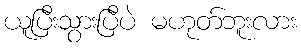
ယူပြီးသွားပြီပဲ မဟုတ်ဘူးလား